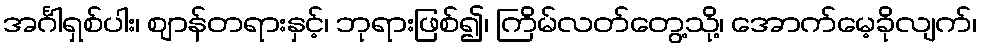
အင်္ဂါရှစ်ပါး၊ ဈာန်တရားနှင့်၊ ဘုရားဖြစ်၍၊ ကြိမ်လတ်တွေ့သို့၊ အောက်မေ့ခိုလျက်၊